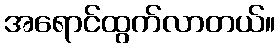
အရောင်ထွက်လာတယ်။